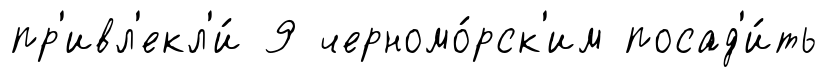
пр'ивл'екл'и́ 9 черномо́рск'им посад'и́ть